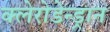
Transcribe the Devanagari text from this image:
क्लेरोडेन्ड्रान